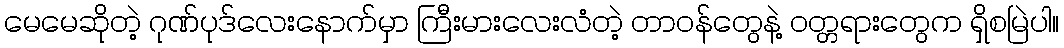
မေမေဆိုတဲ့ ဂုဏ်ပုဒ်လေးနောက်မှာ ကြီးမားလေးလံတဲ့ တာဝန်တွေနဲ့ ဝတ္တရားတွေက ရှိစမြဲပါ။